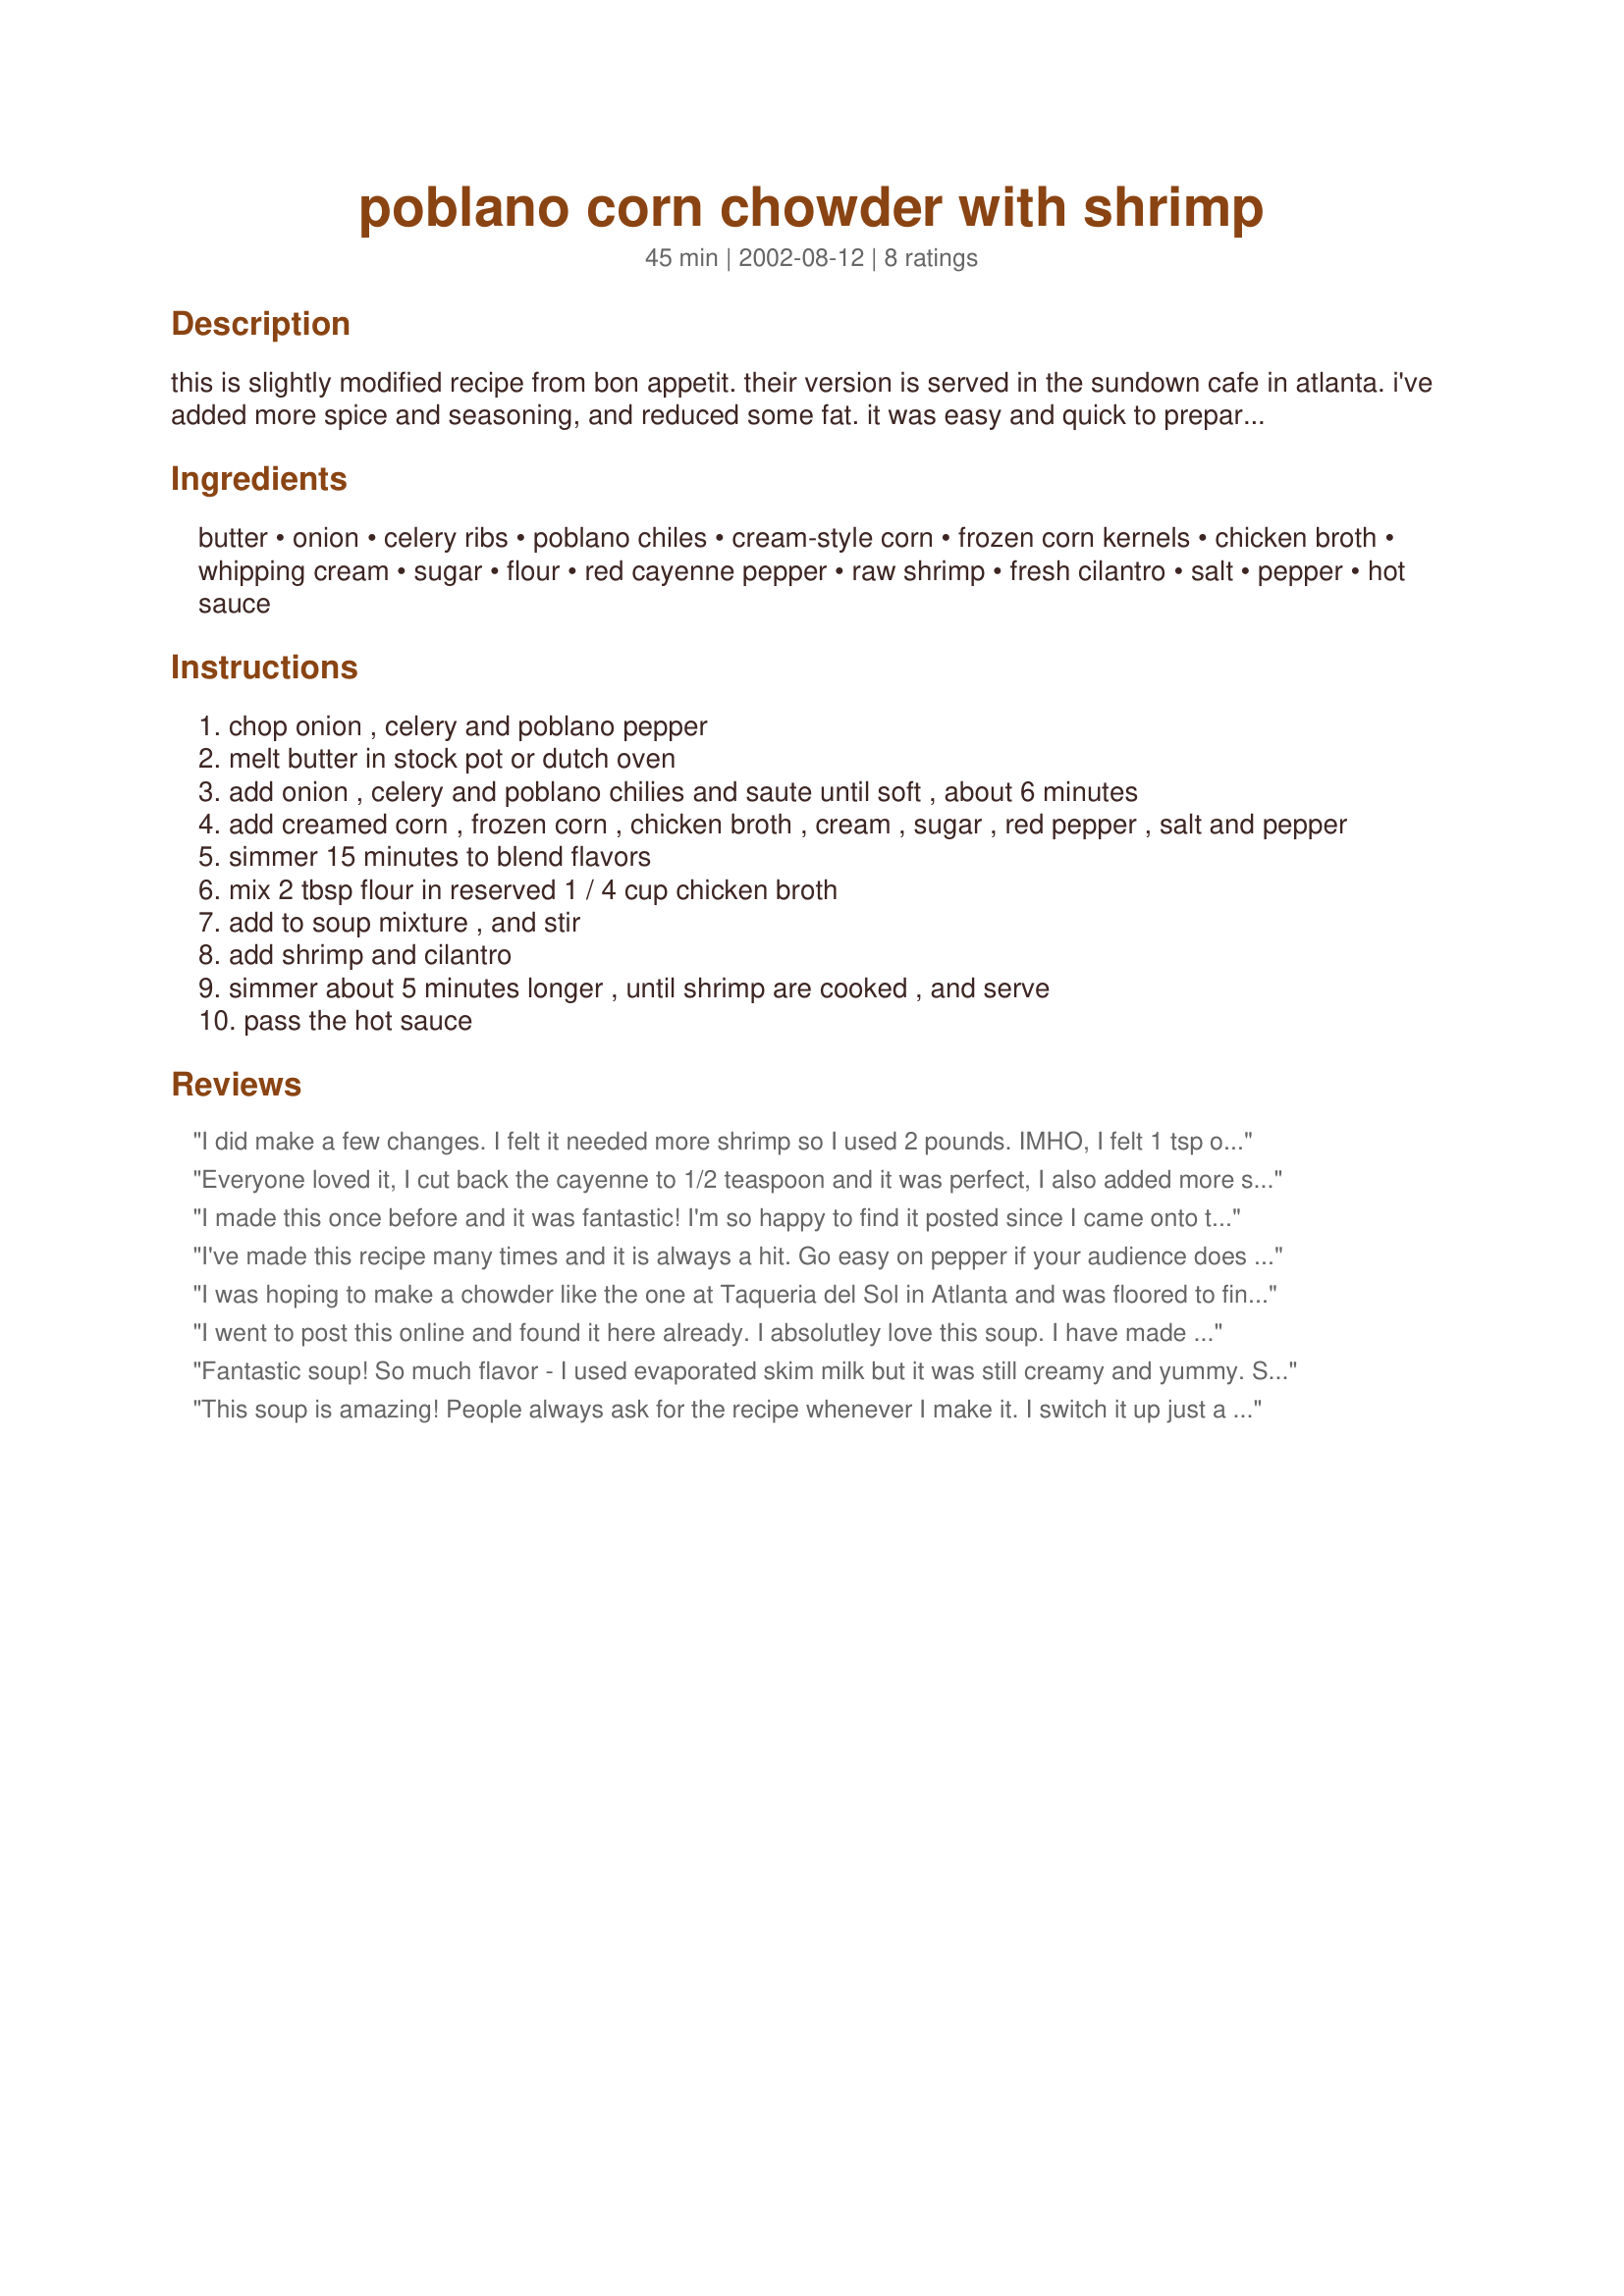
poblano corn chowder with shrimp
Preparation time: 45 minutes

this is slightly modified recipe from bon appetit. their version is served in the sundown cafe in atlanta. i've added more spice and seasoning, and reduced some fat. it was easy and quick to prepare on a weeknight, and the family asked for seconds - the best kind of recipe in my book.

Ingredients:
butter, onion, celery ribs, poblano chiles, cream-style corn, frozen corn kernels, chicken broth, whipping cream, sugar, flour, red cayenne pepper, raw shrimp, fresh cilantro, salt, pepper, hot sauce

Steps:
chop onion , celery and poblano pepper
melt butter in stock pot or dutch oven
add onion , celery and poblano chilies and saute until soft , about 6 minutes
add creamed corn , frozen corn , chicken broth , cream , sugar , red pepper , salt and pepper
simmer 15 minutes to blend flavors
mix 2 tbsp flour in reserved 1 / 4 cup chicken broth
add to soup mixture , and stir
add shrimp and cilantro
simmer about 5 minutes longer , until shrimp are cooked , and serve
pass the hot sauce

Reviews:
I did make a few changes. I felt it needed more shrimp so I used 2 pounds. IMHO, I felt 1 tsp of red pepper is way too much. I cut that back to 1/4 tsp and with the Poblano peppers it had just the right amount of seasoning. I also roasted the Poblanos. Thanks PanNan, I will make this again.
Everyone loved it, I cut back the cayenne to 1/2 teaspoon and it was perfect, I also added more shrimp than the recipe called for. This is such an easy recipe, I've made it several times. I will only use fresh shrimp when making it in the future, I think it makes a big difference.
I made this once before and it was fantastic! I'm so happy to find it posted since I came onto the 'Zaar to check for something similar, and lo and behold. Thought it was a long lost recipe that I would continue to crave for the remainder of my life :) The only change I made and will make again is I use canned chilis, since I always have most of these other ingredients in the house and hate to shop for just the one item.
I've made this recipe many times and it is always a hit. Go easy on pepper if your audience does not like spicy. I've made different than recipe when I didn't have everything. I recommend just as written however I always add more shrimp. Serve with toasted baguette with butter. Awesome taste!
I was hoping to make a chowder like the one at Taqueria del Sol in Atlanta and was floored to find the recipe by its sister restaurant Sundown Cafe. I used canned corn instead of frozen, pureed 2 cups of the soup, adding it back to the pot to make it even thicker, used 1/2 cup evaporated milk and 1/2 cup cream, and reduced the cayenne to 1/2 teaspoon. I would suggest finely chopping the onion, celery and poblano chili peppers. I also slowly simmered it for a couple of hours prior to serving it topped with shredded white chedder cheese and a dollop of sour cream. It was delicious and I am thrilled to have a version of my own!
I went to post this online and found it here already. I absolutley love this soup. I have made it for several years since it was published in Bon Appetit. I am famous for it at church soup dinners and get speical requests for it every time a potluck comes around. I like the change you made for the four to thicken it...that definitely sounds easier. I sometimes add 1 1/2 pounds shrimp instead of just a pound. Yummy!
Fantastic soup! So much flavor - I used evaporated skim milk but it was still creamy and yummy. Since DH can't take things too spicy I only used one Poblano chili pepper and it had just the right amount of kick for us. Thanks for posting PanNan!
This soup is amazing! People always ask for the recipe whenever I make it. I switch it up just a little by adding 4 cloves of minced garlic. I also don't like cooked celery so I use 1 red bell pepper instead and add 1 large potato to make it heartier. Delicioso!!
